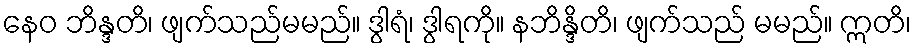
နေဝ ဘိန္ဒတိ၊ ဖျက်သည်မမည်။ ဒွါရံ၊ ဒွါရကို။ နဘိန္ဒိတိ၊ ဖျက်သည် မမည်။ ဣတိ၊